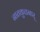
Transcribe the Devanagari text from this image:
नातकुत्तनार्